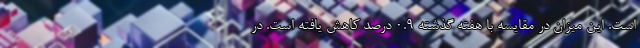
است. این میزان در مقایسه با هفته گذشته 0.9 درصد کاهش یافته است. در